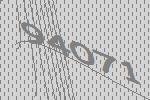
94071